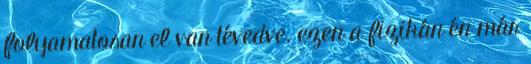
folyamatosan el van tévedve. ezen a fizikán én már